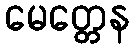
မေတ္တေန